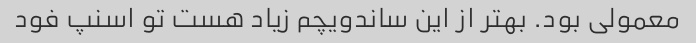
معمولی بود. بهتر از این ساندویچم زیاد هست تو اسنپ فود